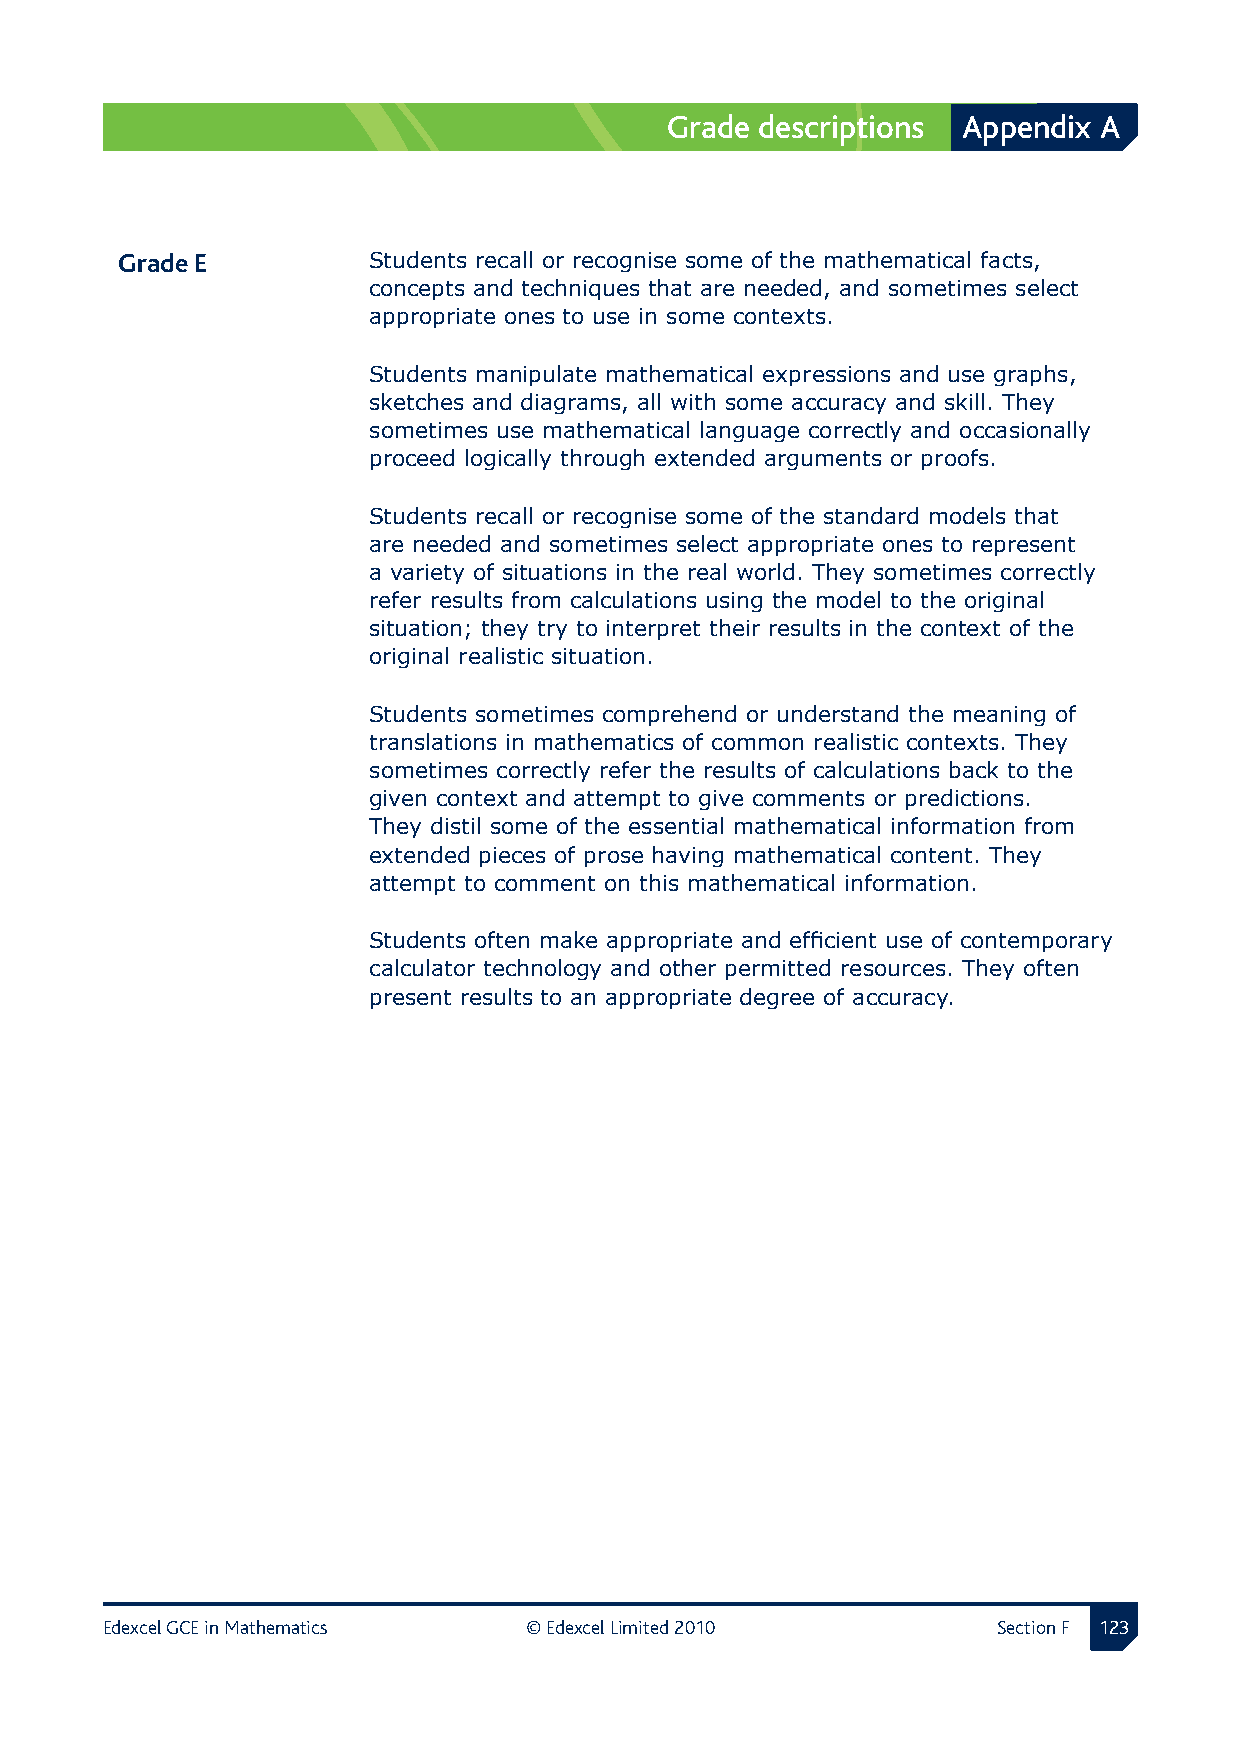
Grade descriptions  Appendix A
 Grade E        Students recall or recognise some of the mathematical facts,
 concepts and techniques that are needed, and sometimes select
 appropriate ones to use in some contexts.
 Students manipulate mathematical expressions and use graphs,
 sketches and diagrams, all with some accuracy and skill. They
 sometimes use mathematical language correctly and occasionally
 proceed logically through extended arguments or proofs.
 Students recall or recognise some of the standard models that
 are needed and sometimes select appropriate ones to represent
 a variety of situations in the real world. They sometimes correctly
 refer results from calculations using the model to the original
 situation; they try to interpret their results in the context of the
 original realistic situation.
 Students sometimes comprehend or understand the meaning of
 translations in mathematics of common realistic contexts. They
 sometimes correctly refer the results of calculations back to the
 given context and attempt to give comments or predictions.
 They distil some of the essential mathematical information from
 extended pieces of prose having mathematical content. They
 attempt to comment on this mathematical information.
 Students often make appropriate and efficient use of contemporary
 calculator technology and other permitted resources. They often
 present results to an appropriate degree of accuracy.
 Edexcel GCE in Mathematics  © Edexcel Limited 2010         Section F 12